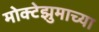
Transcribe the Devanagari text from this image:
मोक्टेझुमाच्या